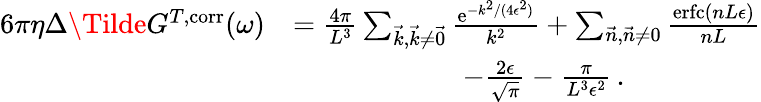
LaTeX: \begin{array}{rl}{6\pi\eta\Delta\Tilde{G}^{T,\mathrm{corr}}(\omega)}&{=\frac{4\pi}{L^{3}}\sum_{\vec{k},\vec{k}\neq\vec{0}}\frac{\mathrm{e}^{-k^{2}/(4\epsilon^{2})}}{k^{2}}+\sum_{\vec{n},\vec{n}\neq 0}\frac{\mathrm{erfc}\left(nL\epsilon\right)}{nL}}\\ &{\qquad\qquad\qquad-\frac{2\epsilon}{\sqrt{\pi}}-\frac{\pi}{L^{3}\epsilon^{2}}\, .}\end{array}